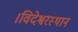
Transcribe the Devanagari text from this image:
।विदेश्वरस्थान